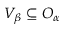
V _ { \beta } \subseteq O _ { \alpha }